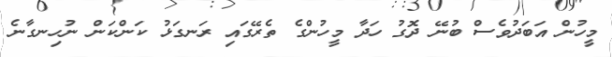
މީހުން އަބަދުވެސް ބުނޭ ދޮގު ހަދާ މީހުންގެ ތެރޭގައި ރަނގަޅު ކަންކަން ނުހިނގާނެ